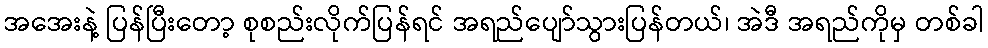
အအေးနဲ့ ပြန်ပြီးတော့ စုစည်းလိုက်ပြန်ရင် အရည်ပျော်သွားပြန်တယ်၊ အဲဒီ အရည်ကိုမှ တစ်ခါ